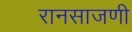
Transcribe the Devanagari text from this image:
रानसाजणी